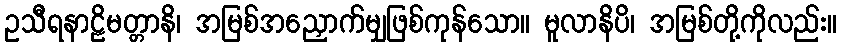
ဥသီရနာဠိမတ္တာနိ၊ အမြစ်အညှောက်မျှဖြစ်ကုန်သော။ မူလာနိပိ၊ အမြစ်တို့ကိုလည်း။